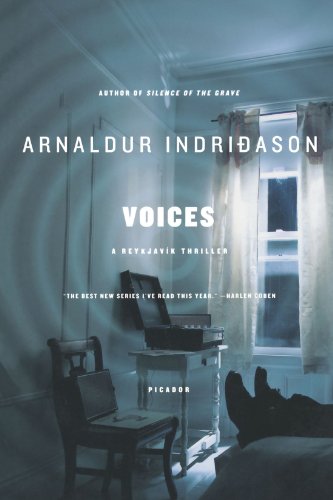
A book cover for Voices (Detective Erlendur); Arnaldur Indridason; Mystery, Thriller & Suspense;